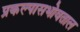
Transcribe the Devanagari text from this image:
प्रकल्पासभोवताल